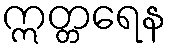
ဣတ္တရေန